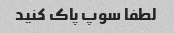
لطفا سوپ پاک کنید